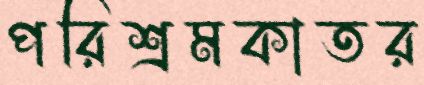
পরিশ্রমকাতর